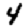
Digit: 4